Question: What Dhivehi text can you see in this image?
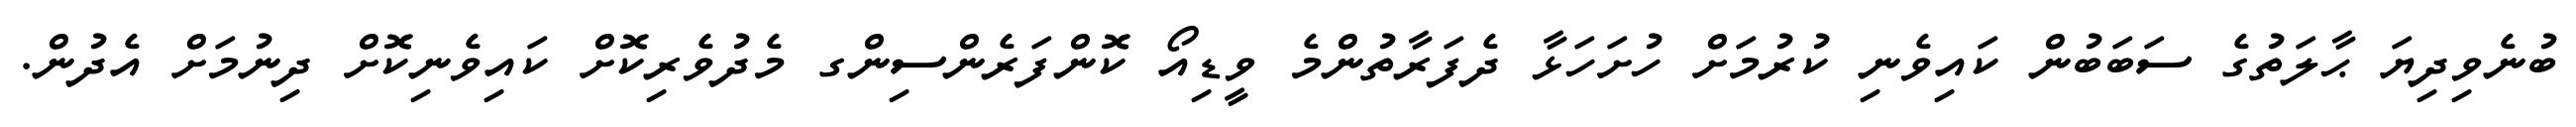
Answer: ބުނެވިދިޔަ ޙާލަތުގެ ސަބަބުން ކައިވެނި ކުރުމަށް ހުށަހަޅާ ދެފަރާތުންމެ ވީޑިއޯ ކޮންފަރެންސިންގ މެދުވެރިކޮށް ކައިވެނިކޮށް ދިނުމަށް އެދުން.